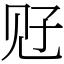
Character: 觃